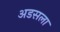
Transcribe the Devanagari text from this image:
अडसला